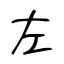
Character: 左